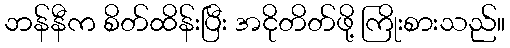
ဘန်နီက စိတ်ထိန်းပြီး အငိုတိတ်ဖို့ ကြိုးစားသည်။